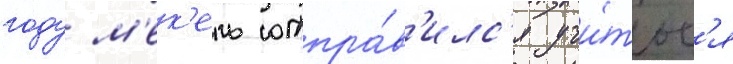
году м'ек'ель отпра́в'илс'я учи́тьс'я